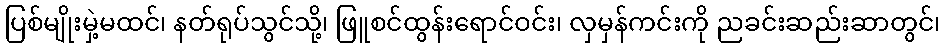
ပြစ်မျိုးမှဲ့မထင်၊ နတ်ရုပ်သွင်သို့၊ ဖြူစင်ထွန်းရောင်ဝင်း၊ လှမှန်ကင်းကို ညခင်းဆည်းဆာတွင်၊